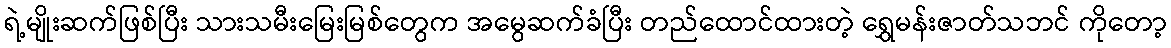
ရဲ့မျိုးဆက်ဖြစ်ပြီး သားသမီးမြေးမြစ်တွေက အမွေဆက်ခံပြီး တည်ထောင်ထားတဲ့ ရွှေမန်းဇာတ်သဘင် ကိုတော့